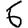
Digit: 6